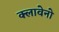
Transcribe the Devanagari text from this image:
क्लावेनो